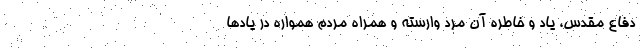
دفاع مقدس، یاد و خاطره آن مرد وارسته و همراه مردم همواره در یادها